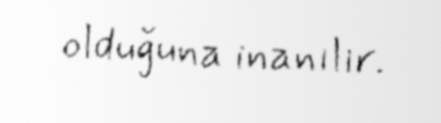
olduğuna inanılır.